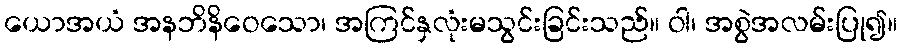
ယောအယံ အနဘိနိဝေသော၊ အကြင်နှလုံးမသွင်းခြင်းသည်။ ဝါ၊ အစွဲအလမ်းပြု၍။